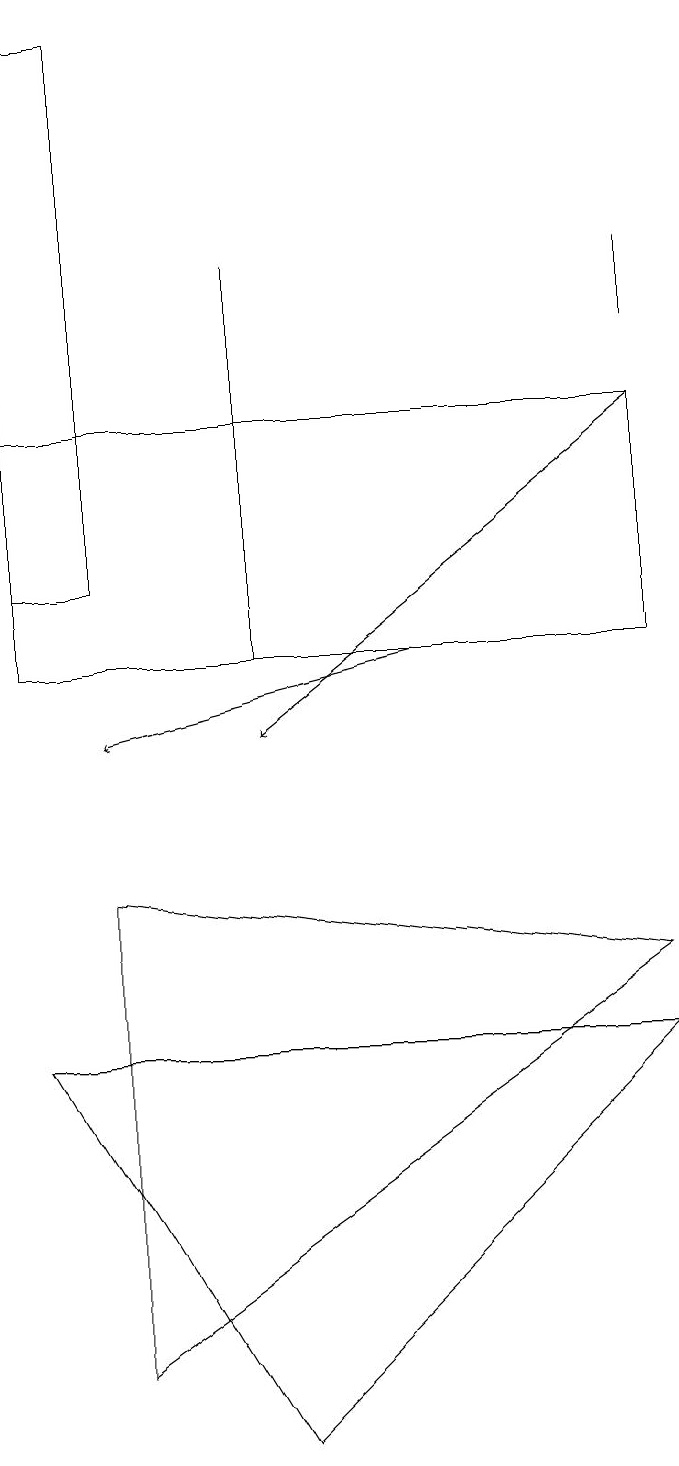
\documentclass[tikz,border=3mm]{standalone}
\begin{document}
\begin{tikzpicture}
\draw[->] (5,11) -- (1,10);
\draw (3,16) rectangle (3,11);
\draw (8,7) -- (1,2) -- (1,8) -- cycle;
\draw (0,11) rectangle (8,14);
\draw (0,6) -- (3,1) -- (8,6) -- cycle;
\draw (8,16) rectangle (8,15);
\draw (0,12) rectangle (1,19);
\draw[->] (8,14) -- (3,10);
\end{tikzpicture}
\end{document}